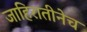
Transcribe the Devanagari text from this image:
जाहिरातीनेच